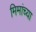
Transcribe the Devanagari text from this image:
मिमांच्या